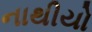
નાથીયો